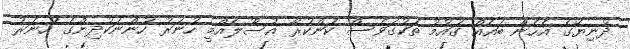
ދުނިޔޭގެ އެހެން ބައެއް ގައުމު ތަކުގަވެސް ކަންކުރާ އުސޫލެއްމީ ހުނަރު ހުންނަކުދިންގެ ހުނަރު